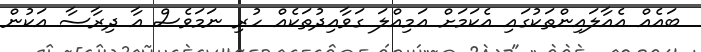
ބައެއް އެއާލައިންތަކުގައި އެކަމަށް އަމިއްލަ ގަވާއިދުތަކެއް ހުރި ނަމަވެސް އާ ދިރާސާ އަކުން